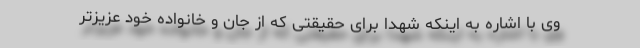
وی با اشاره به اینکه شهدا برای حقیقتی که از جان و خانواده خود عزیزتر